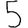
Digit: 5